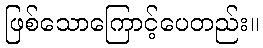
ဖြစ်သောကြောင့်ပေတည်း။